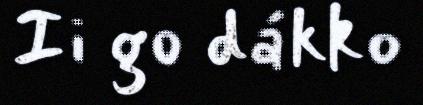
Ii go dákko